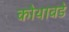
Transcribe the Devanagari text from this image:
कोथावडे